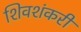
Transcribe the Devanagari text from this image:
शिवशंकरी